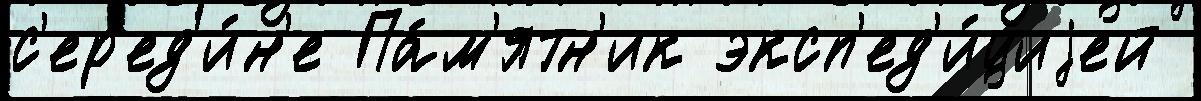
с'ер'ед'и́н'е Па́м'ятн'ик эксп'ед'и́циjей